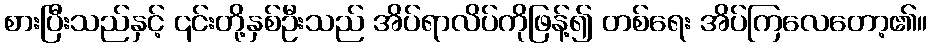
စားပြီးသည်နှင့် ၎င်းတို့နှစ်ဦးသည် အိပ်ရာလိပ်ကိုဖြန့်၍ တစ်ရေး အိပ်ကြလေတော့၏။